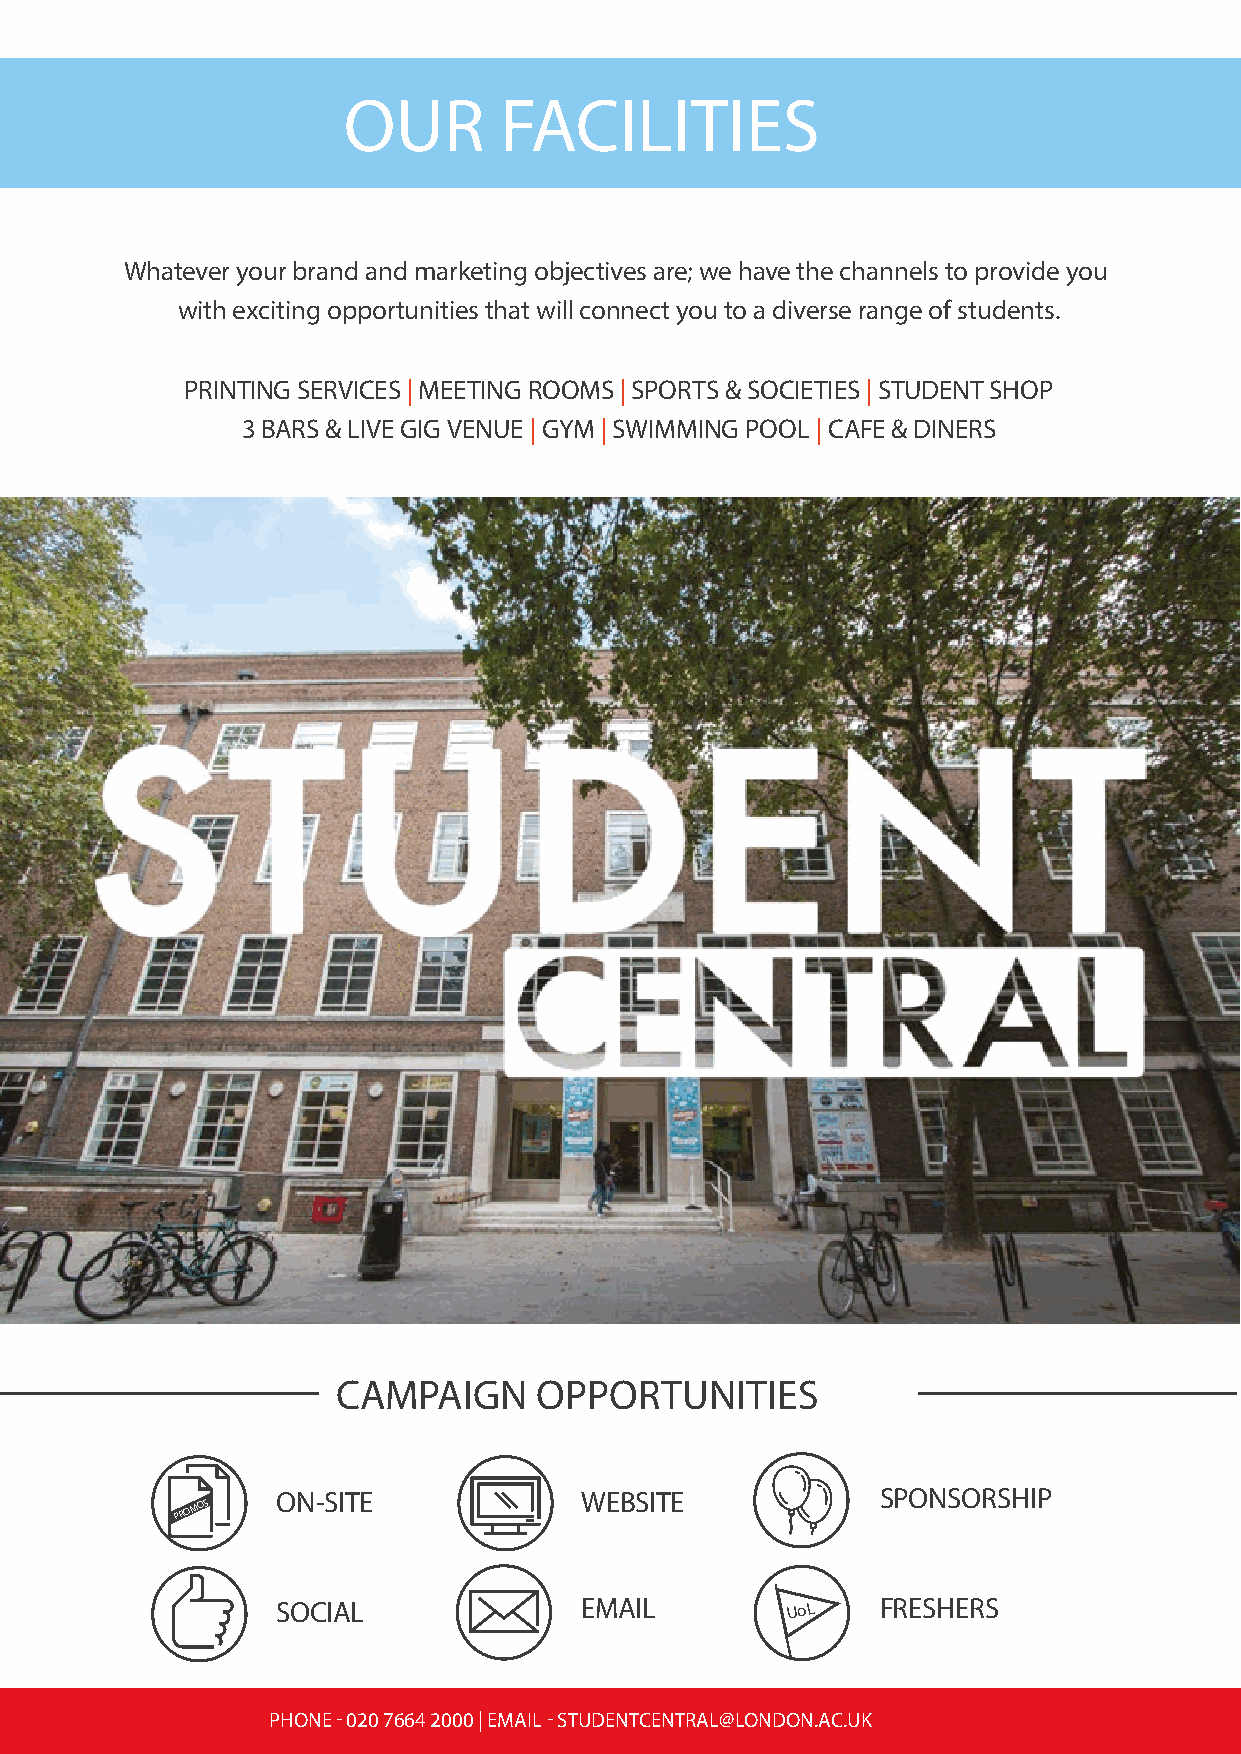
OUR       FACILITIES
 Whatever your brand and marketing objectives are; we have the channels to provide you
 with exciting opportunities that will connect you to a diverse range of students.
 PRINTING SERVICES | MEETING ROOMS | SPORTS & SOCIETIES | STUDENT SHOP
 3 BARS & LIVE GIG VENUE | GYM | SWIMMING POOL | CAFE & DINERS
 CAMPAIGN      OPPORTUNITIES
 ON-SITE             WEBSITE             SPONSORSHIP
 PROMOS
 SOCIAL              EMAIL         UoL   FRESHERS
 PHONE - 020 7664 2000 | EMAIL - STUDENTCENTRAL@LONDON.AC.UK